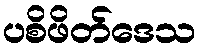
ပစိဖိတ်ဒေသ